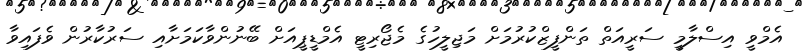
އެމްވީ އިސްލާމީ ސަރީއަތް ތަންފީޒްކުރުމަށް މަޖިލީހުގެ މެޖޯރިޓީ އެމްޑީޕީއަށް ބޭނުންވާކަމަށާއި ސަރުކާރުން ވެފައިވާ